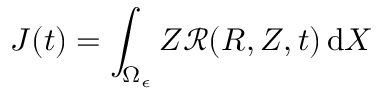
J ( t ) = \int _ { \Omega _ { \epsilon } } Z \mathcal { R } ( R , Z , t ) \, \mathrm { d } X